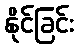
နိုင်ခြင်း